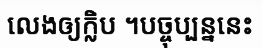
លេងឲ្យក្លិប ។បច្ចុប្បន្ននេះ